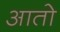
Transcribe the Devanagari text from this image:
आतो